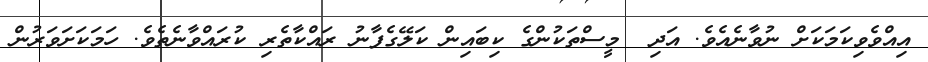
އިއްވެވިކަމަކަށް ނުވާނެއެވެ. އަދި  މީސްތަކުންގެ ކިބައިން ކަލޭގެފާނު ރައްކާތެރި ކުރައްވާނެތެވެ. ހަމަކަށަވަރުން